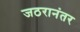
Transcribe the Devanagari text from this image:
जठरानंतर